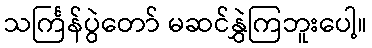
သင်္ကြန်ပွဲတော် မဆင်နွှဲကြဘူးပေါ့။